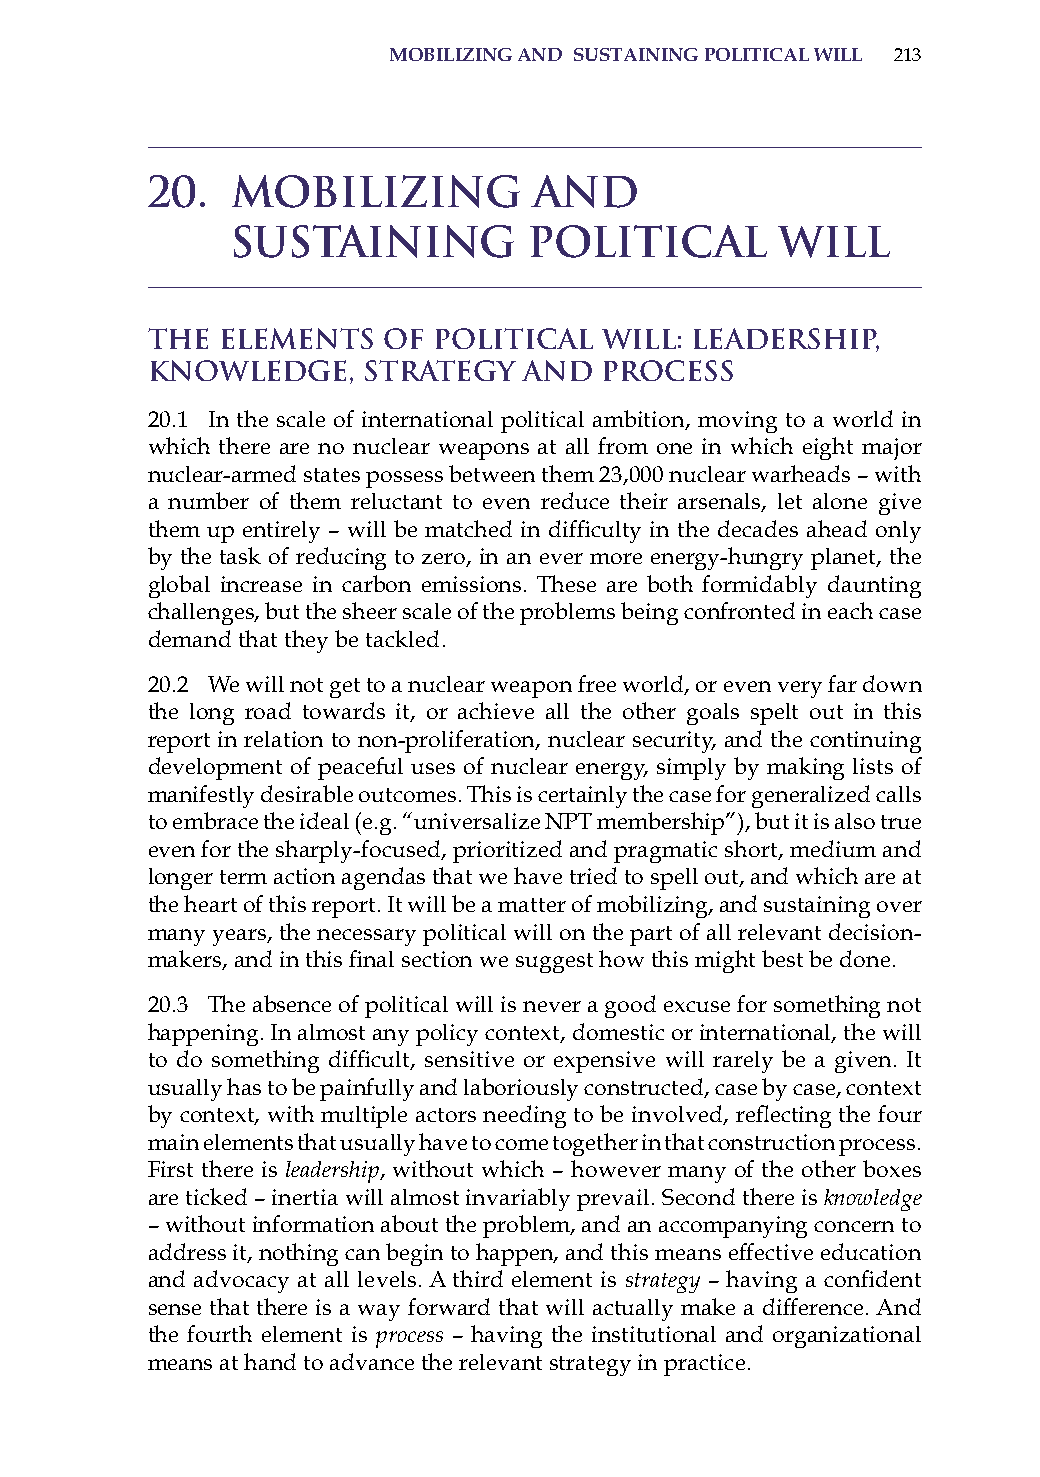
moBilizinG and sustaininG Political will 213
 20.  Mobilizing          and
 Sustaining          Political       Will
 The Elements   of  Political  Will: Leadership,
 Knowledge,    Strategy   and  Process
 20.1 in the scale of international political ambition, moving to a world in
 which there are no nuclear weapons at all from one in which eight major
 nuclear-armed states possess between them 23,000 nuclear warheads – with
 a number of them reluctant to even reduce their arsenals, let alone give
 them up entirely – will be matched in difficulty in the decades ahead only
 by the task of reducing to zero, in an ever more energy-hungry planet, the
 global increase in carbon emissions. These are both formidably daunting
 challenges, but the sheer scale of the problems being confronted in each case
 demand that they be tackled.
 20.2 We will not get to a nuclear weapon free world, or even very far down
 the long road towards it, or achieve all the other goals spelt out in this
 report in relation to non-proliferation, nuclear security, and the continuing
 development of peaceful uses of nuclear energy, simply by making lists of
 manifestly desirable outcomes. This is certainly the case for generalized calls
 to embrace the ideal (e.g. “universalize NPT membership”), but it is also true
 even for the sharply-focused, prioritized and pragmatic short, medium and
 longer term action agendas that we have tried to spell out, and which are at
 the heart of this report. it will be a matter of mobilizing, and sustaining over
 many years, the necessary political will on the part of all relevant decision-
 makers, and in this final section we suggest how this might best be done.
 20.3 The absence of political will is never a good excuse for something not
 happening. in almost any policy context, domestic or international, the will
 to do something difficult, sensitive or expensive will rarely be a given. It
 usually has to be painfully and laboriously constructed, case by case, context
 by context, with multiple actors needing to be involved, reflecting the four
 main elements that usually have to come together in that construction process.
 First there is leadership, without which – however many of the other boxes
 are ticked – inertia will almost invariably prevail. second there is knowledge
 – without information about the problem, and an accompanying concern to
 address it, nothing can begin to happen, and this means effective education
 and advocacy at all levels. a third element is strategy – having a confident
 sense that there is a way forward that will actually make a difference. and
 the fourth element is process – having the institutional and organizational
 means at hand to advance the relevant strategy in practice.